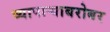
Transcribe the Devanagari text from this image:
व्यापाऱ्याबरोबर